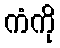
ကံကို